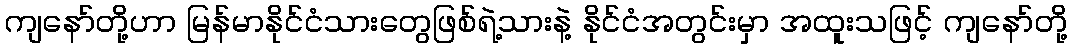
ကျနော်တို့ဟာ မြန်မာနိုင်ငံသားတွေဖြစ်ရဲ့သားနဲ့ နိုင်ငံအတွင်းမှာ အထူးသဖြင့် ကျနော်တို့